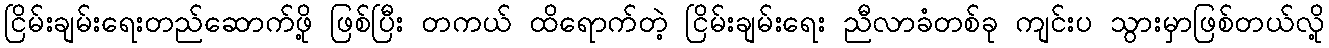
ငြိမ်းချမ်းရေးတည်ဆောက်ဖို့ ဖြစ်ပြီး တကယ် ထိရောက်တဲ့ ငြိမ်းချမ်းရေး ညီလာခံတစ်ခု ကျင်းပ သွားမှာဖြစ်တယ်လို့